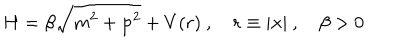
H = \beta \sqrt { m ^ { 2 } + { \bf p } ^ { 2 } } + V ( r ) \ , \quad r \equiv | { \bf x } | \ , \quad \beta > 0 \,